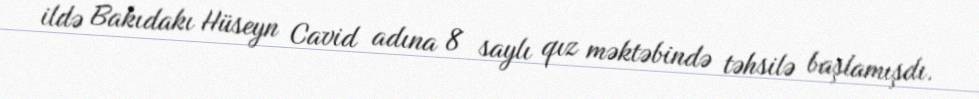
ildə Bakıdakı Hüseyn Cavid adına 8 saylı qız məktəbində təhsilə başlamışdı.